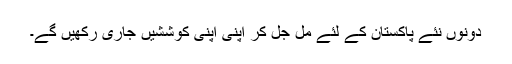
دونوں نئے پاکستان کے لئے مل جل کر اپنی اپنی کوششیں جاری رکھیں گے۔